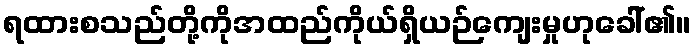
ရထားစသည်တို့ကိုအထည်ကိုယ်ရှိယဉ်ကျေးမှုဟုခေါ်၏။